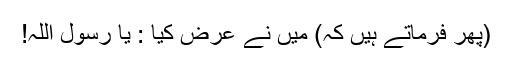
(پھر فرماتے ہیں کہ) میں نے عرض کیا : یا رسول اللہ!